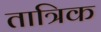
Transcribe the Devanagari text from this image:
तात्रिक